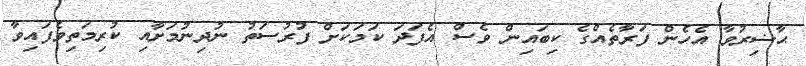
ޙާޟިރުވާ އެހެން ފަރާތެއްގެ ކިބައިން ވެސް އެފަދަ ކަމަކަށް ފުރުސަތު ނުދިނުމަށާއި ކުރިމަތިވެފައިވާ